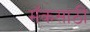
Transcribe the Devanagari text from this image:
मॅकसाठी